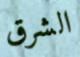
الشرق